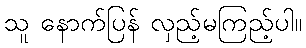
သူ နောက်ပြန် လှည့်မကြည့်ပါ။